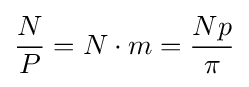
{\frac {N}{P}}=N\cdot m={\frac {Np}{\pi }}